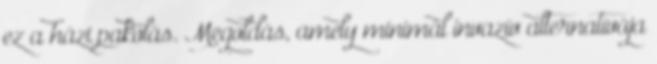
ez a házi pakolás. Megoldás, amely minimál invazív alternatívája